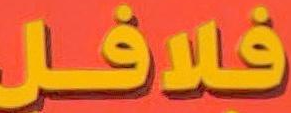
فلافل